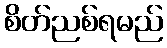
စိတ်ညစ်ရမည်